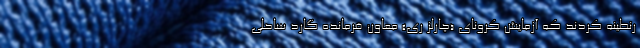
رنطینه کردند که آزمایش کرونای «چارلز ری» معاون فرمانده گارد ساحلی